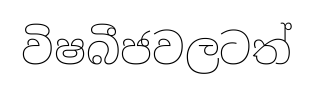
විෂබීජවලටත්